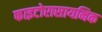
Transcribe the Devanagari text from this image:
फाइटोरासायनिक